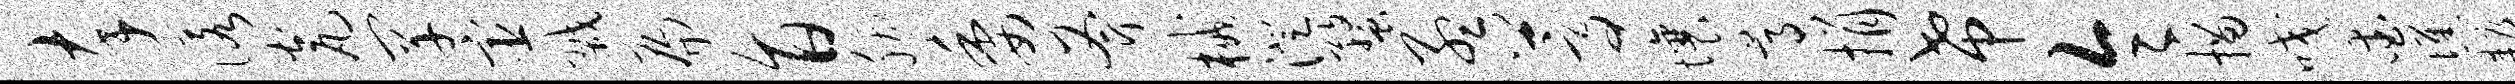
卒诺瓮罕宦戮扁旨胭委斧械澄蝥孟蒿壤尊捐希令描咬爱憔耨